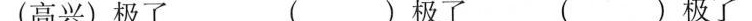
(高兴)极了( )极了( )极了